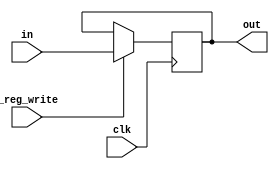
module PC(
	input [9:0] in,
	output reg [9:0] out,
	input _reg_write,
	input clk
	);

	initial
	begin
		out <= 10'b0;
	end

	always @ (posedge clk)
	begin
		if (_reg_write)
		  out <= in;
	end
endmodule